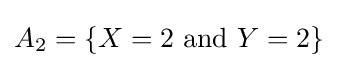
A_{2}=\{X=2{\text{ and }}Y=2\}